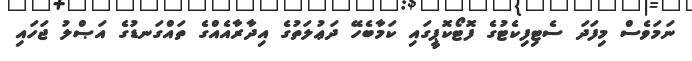
ނަމަވެސް މިފަދަ ސެޓިފިކެޓުގެ ފޮޓޯކޮޕީގައި ކަމާބެހޭ ދަޢުލަތުގެ އިދާރާއެއްގެ ތައްގަނޑުގެ އަޞްލު ޖަހައި